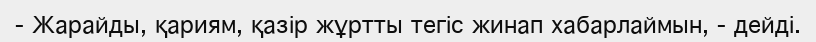
-	Жарайды, қариям, қазір жұртты тегіс жинап хабарлаймын, - дейді.